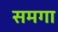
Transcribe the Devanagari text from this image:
समगा